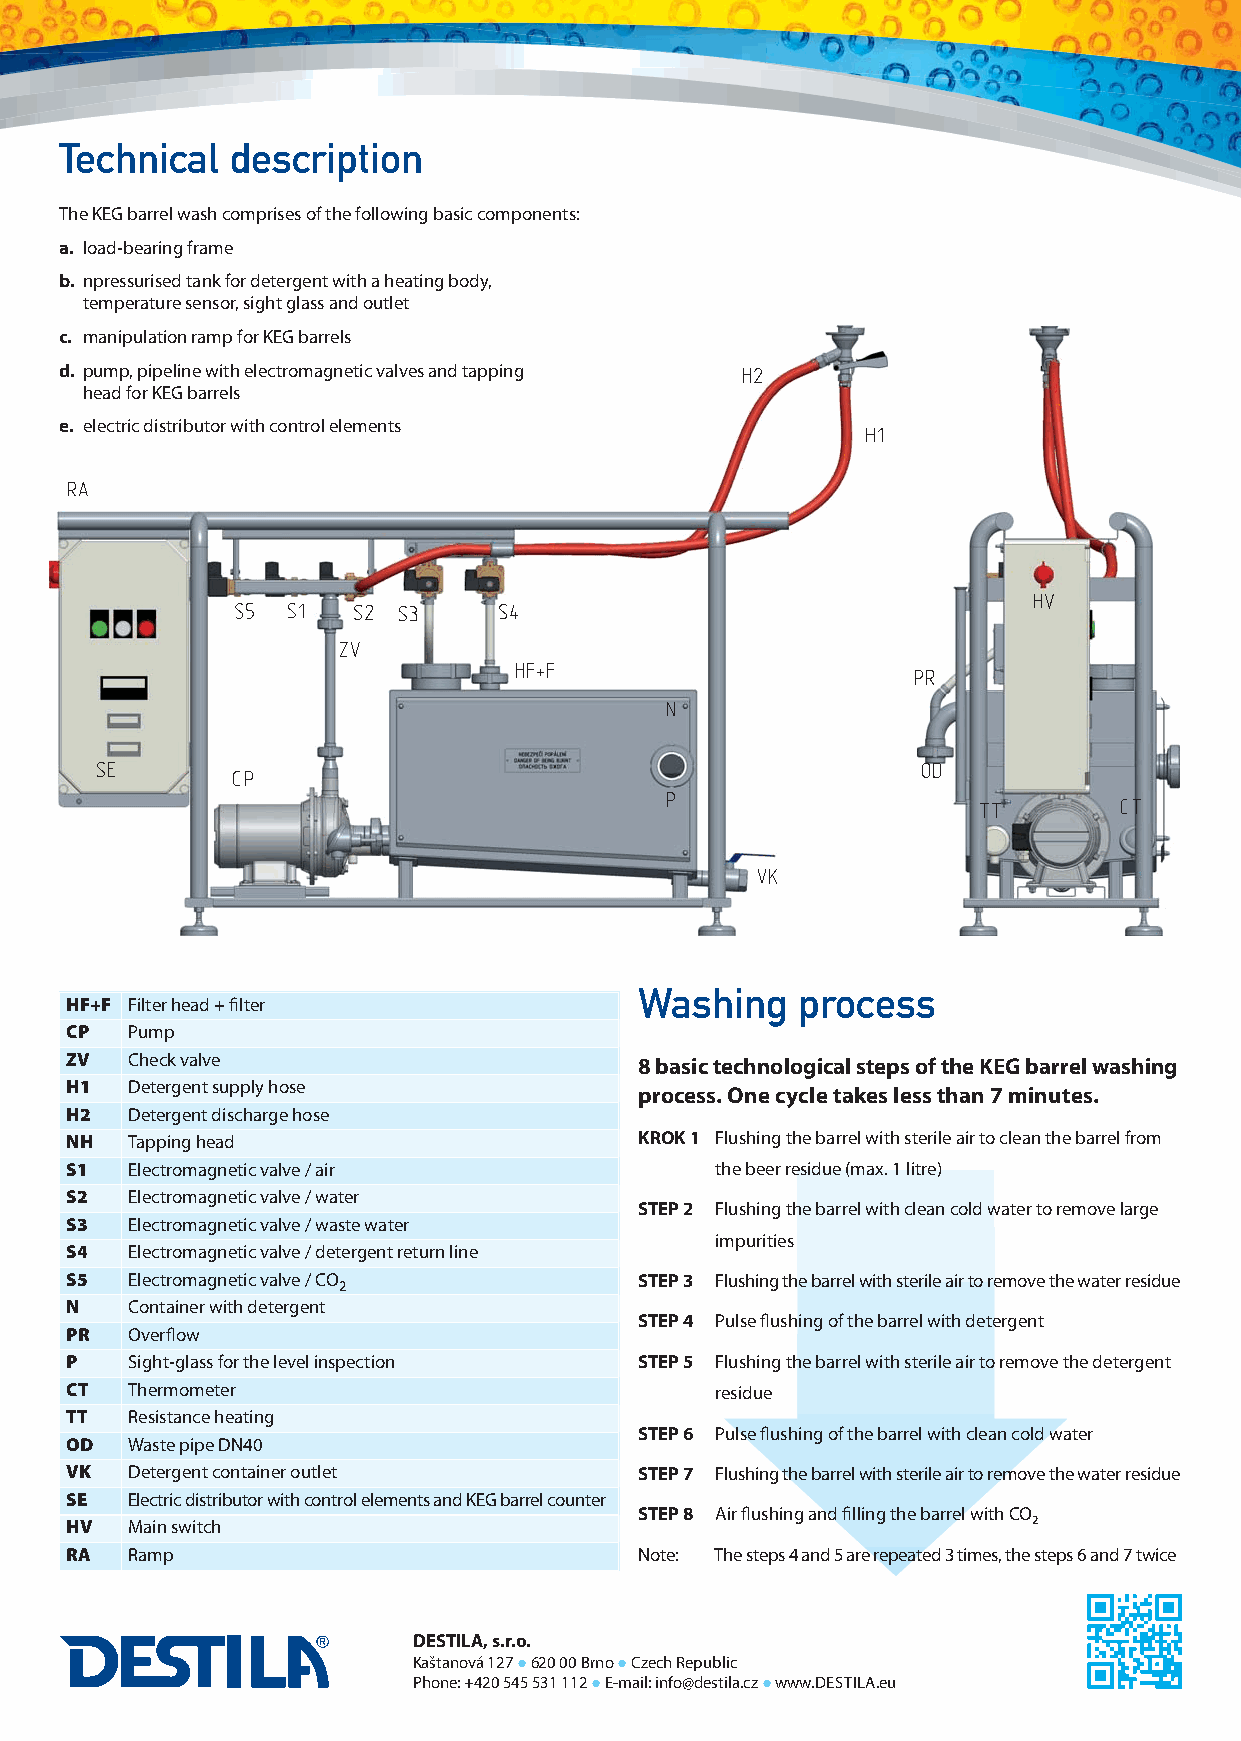
KL MyckaKEG_ang_Sestava 1 07.11.18 18:14 Stránka 2
 Technical  description
 The KEG barrel wash comprises of the following basic components:
 a. load-bearing frame
 b. npressurised tank for detergent with a heating body,
 temperature sensor, sight glass and outlet
 c. manipulation ramp for KEG barrels
 d. pump, pipeline with electromagnetic valves and tapping
 head for KEG barrels
 e. electric distributor with control elements
 Washing    process
 HF+F Filter head + filter
 CP  Pump
 ZV  Check valve                       8 basic technological steps of the KEG barrel washing
 H1  Detergent supply hose
 process. One cycle takes less than 7 minutes.
 H2  Detergent discharge hose
 NH  Tapping head                      KROK 1 Flushing the barrel with sterile air to clean the barrel from
 S1  Electromagnetic valve / air            the beer residue (max. 1 litre)
 S2  Electromagnetic valve / water
 STEP 2 Flushing the barrel with clean cold water to remove large
 S3  Electromagnetic valve / waste water
 impurities
 S4  Electromagnetic valve / detergent return line
 S5  Electromagnetic valve / CO        STEP 3 Flushing the barrel with sterile air to remove the water residue
 2
 N   Container with detergent
 STEP 4 Pulse flushing of the barrel with detergent
 PR  Overflow
 P   Sight-glass for the level inspection STEP 5 Flushing the barrel with sterile air to remove the detergent
 CT  Thermometer                            residue
 TT  Resistance heating
 STEP 6 Pulse flushing of the barrel with clean cold water
 OD  Waste pipe DN40
 VK  Detergent container outlet        STEP 7 Flushing the barrel with sterile air to remove the water residue
 SE  Electric distributor with control elements and KEG barrel counter
 STEP 8 Air flushing and filling the barrel with CO
 HV  Main switch                                                 2
 RA  Ramp                              Note: The steps 4 and 5 are repeated 3 times, the steps 6 and 7 twice
 DESTILA, s.r.o.
 Kaštanová 127●620 00 Brno●Czech Republic
 Phone: +420 545 531 112●E-mail: info@destila.cz●www.DESTILA.eu